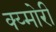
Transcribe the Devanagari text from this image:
क्य्मोरी